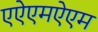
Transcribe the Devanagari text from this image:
एऐएमऐएम